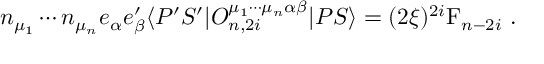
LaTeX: n _ { \mu _ { 1 } } \cdots n _ { \mu _ { n } } e _ { \alpha } e _ { \beta } ^ { \prime } \langle P ^ { \prime } S ^ { \prime } | { \cal O } _ { n , 2 i } ^ { \mu _ { 1 } \cdots \mu _ { n } \alpha \beta } | P S \rangle = ( 2 \xi ) ^ { 2 i } \mathrm { F } _ { n - 2 i } \ .